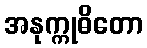
အနုက္ကုဓိတော